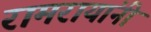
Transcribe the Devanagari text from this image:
रामरायांनी